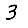
Digit: 3